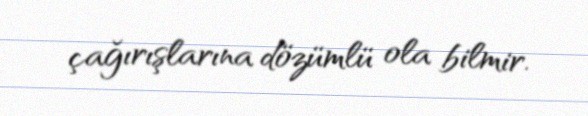
çağırışlarına dözümlü ola bilmir.